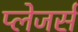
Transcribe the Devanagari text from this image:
प्लेजर्स